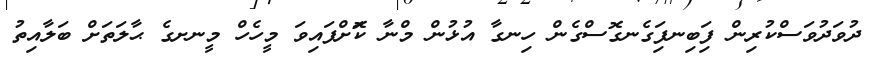
ދުވަދުވަސްކުރިން ފަިބިނފަިގެނގޮސްގެން ހިނގާ އުޅުން މްނާ ކޮަށްފައިވަަ މީހެހް މީނށގެ ޙާލަތަށް ބަލާއިތު